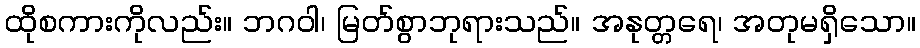
ထိုစကားကိုလည်း။ ဘဂဝါ၊ မြတ်စွာဘုရားသည်။ အနုတ္တရေ၊ အတုမရှိသော။